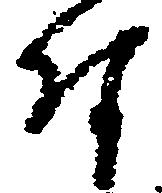
付